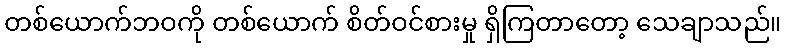
တစ်ယောက်ဘဝကို တစ်ယောက် စိတ်ဝင်စားမှု ရှိကြတာတော့ သေချာသည်။